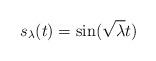
LaTeX: \begin{align*}s_\lambda(t)=\sin(\sqrt{\lambda}t)\end{align*}